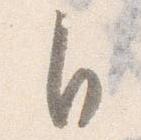
自